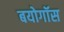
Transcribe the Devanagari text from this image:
बयोगॉस